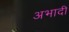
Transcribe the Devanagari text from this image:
अभादी